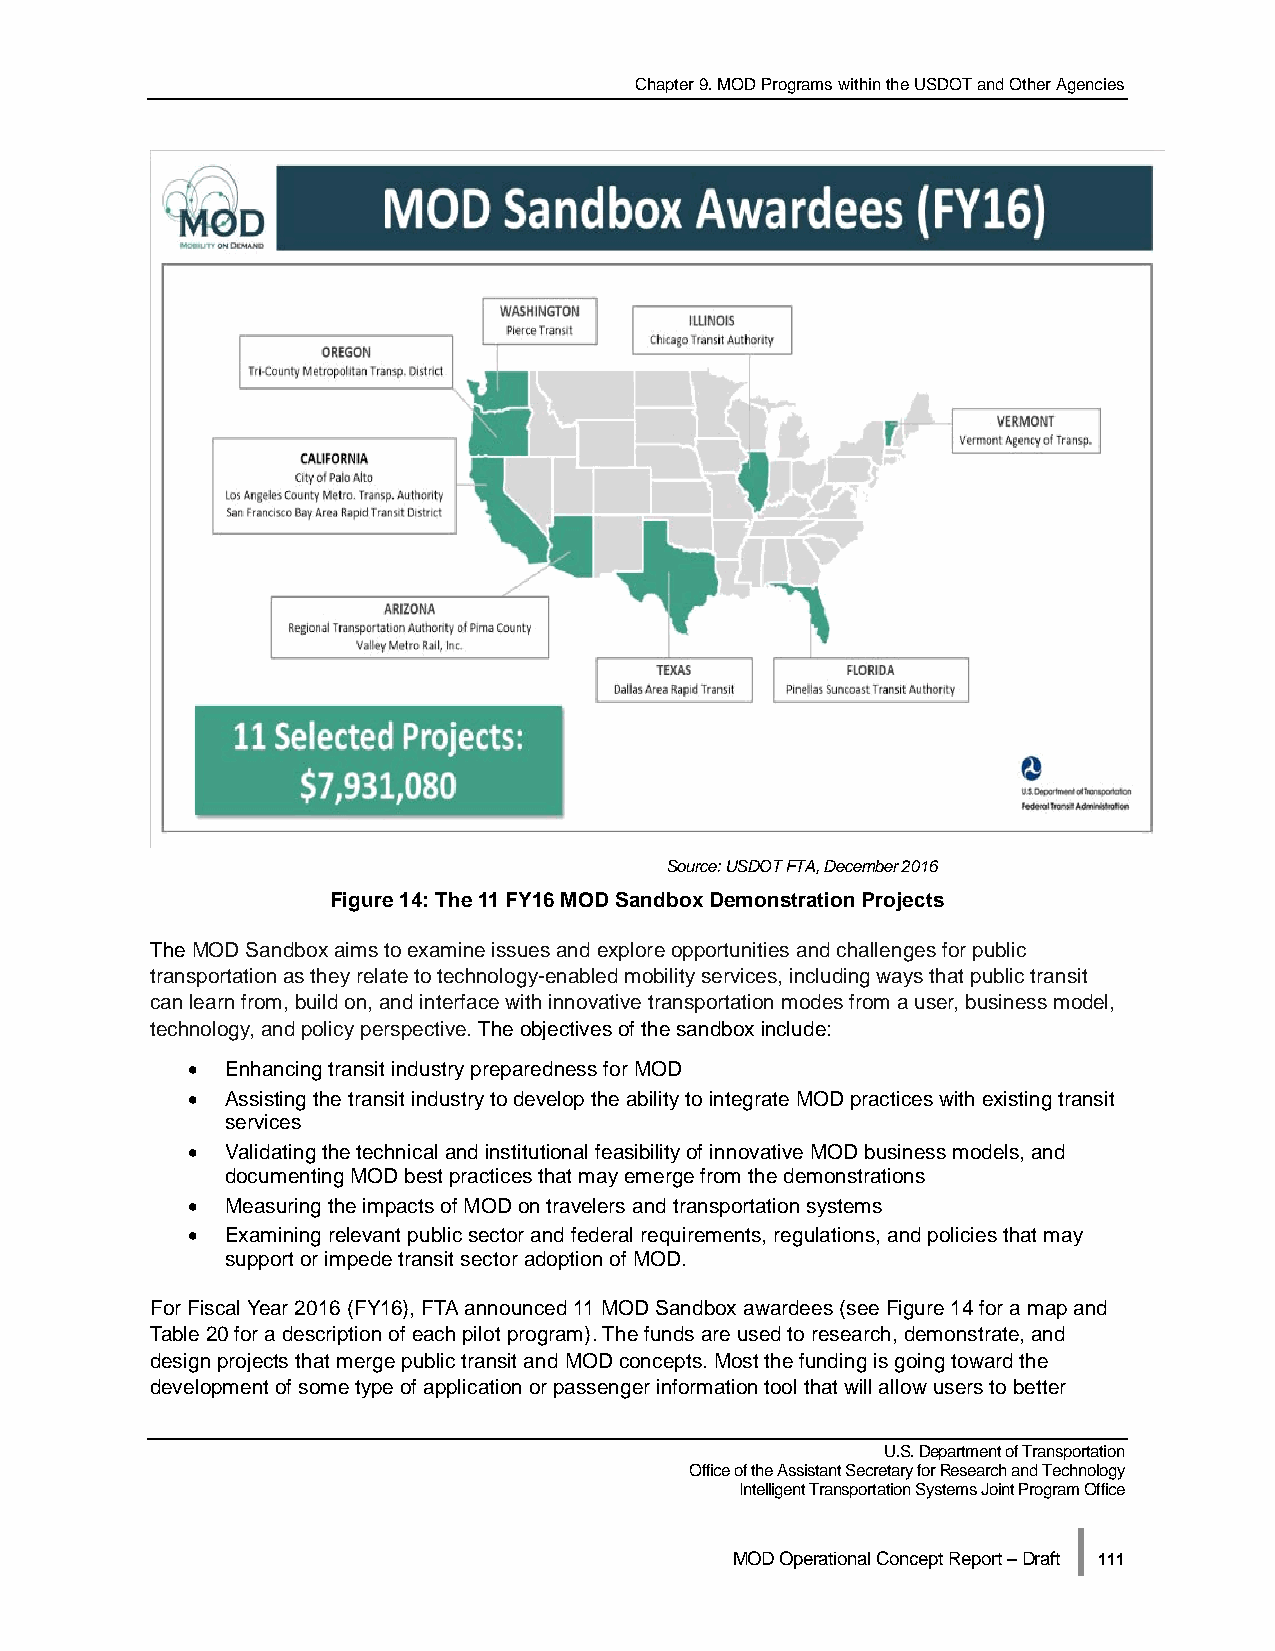
Chapter 9. MOD Programs within the USDOT and Other Agencies
 Source: USDOT FTA, December 2016
 Figure 14: The 11 FY16 MOD Sandbox Demonstration Projects
 The MOD Sandbox aims to examine issues and explore opportunities and challenges for public
 transportation as they relate to technology-enabled mobility services, including ways that public transit
 can learn from, build on, and interface with innovative transportation modes from a user, business model,
 technology, and policy perspective. The objectives of the sandbox include:
 •  Enhancing transit industry preparedness for MOD
 •  Assisting the transit industry to develop the ability to integrate MOD practices with existing transit
 services
 •  Validating the technical and institutional feasibility of innovative MOD business models, and
 documenting MOD best practices that may emerge from the demonstrations
 •  Measuring the impacts of MOD on travelers and transportation systems
 •  Examining relevant public sector and federal requirements, regulations, and policies that may
 support or impede transit sector adoption of MOD.
 For Fiscal Year 2016 (FY16), FTA announced 11 MOD Sandbox awardees (see Figure 14 for a map and
 Table 20 for a description of each pilot program). The funds are used to research, demonstrate, and
 design projects that merge public transit and MOD concepts. Most the funding is going toward the
 development of some type of application or passenger information tool that will allow users to better
 U.S. Department of Transportation
 Office of the Assistant Secretary for Research and Technology
 Intelligent Transportation Systems Joint Program Office
 |
 MOD Operational Concept Report – Draft 111